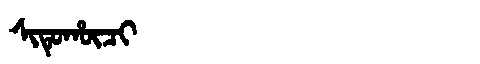
Manchu: ᠰᡳᡨᡠᡥᡡᠴᡳ
Romanization: SITUHŪCI